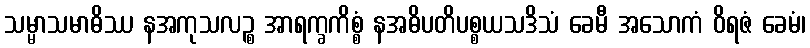
သမ္မာသမာဓိဿ နအကုသလဉ္စ အာရက္ခကိစ္စံ နအဓိပတိပစ္စယသဒိသံ ခေမီ အသောကံ ဝိရဇံ ခေမံ၊